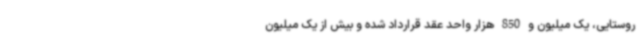
روستایی، یک میلیون و 850 هزار واحد عقد قرارداد شده و بیش از یک میلیون